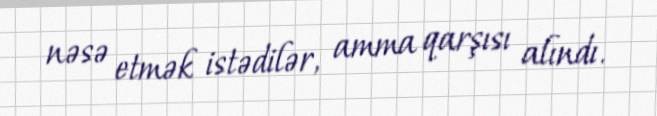
nəsə etmək istədilər, amma qarşısı alındı.